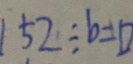
1 5 2 \div b = \square